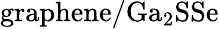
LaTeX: \mathrm{graphene/Ga_{2}SSe}